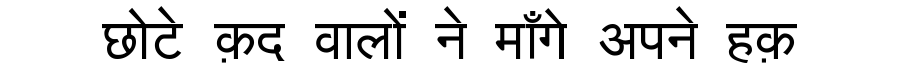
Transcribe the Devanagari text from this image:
छोटे क़द वालों ने माँगे अपने हक़